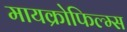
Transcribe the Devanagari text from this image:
मायक्रोफिल्म्स